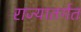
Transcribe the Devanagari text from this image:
राज्यातर्गत